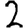
Digit: 2